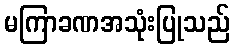
မကြာခဏအသုံးပြုသည်